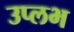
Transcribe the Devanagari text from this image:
उप्लभ